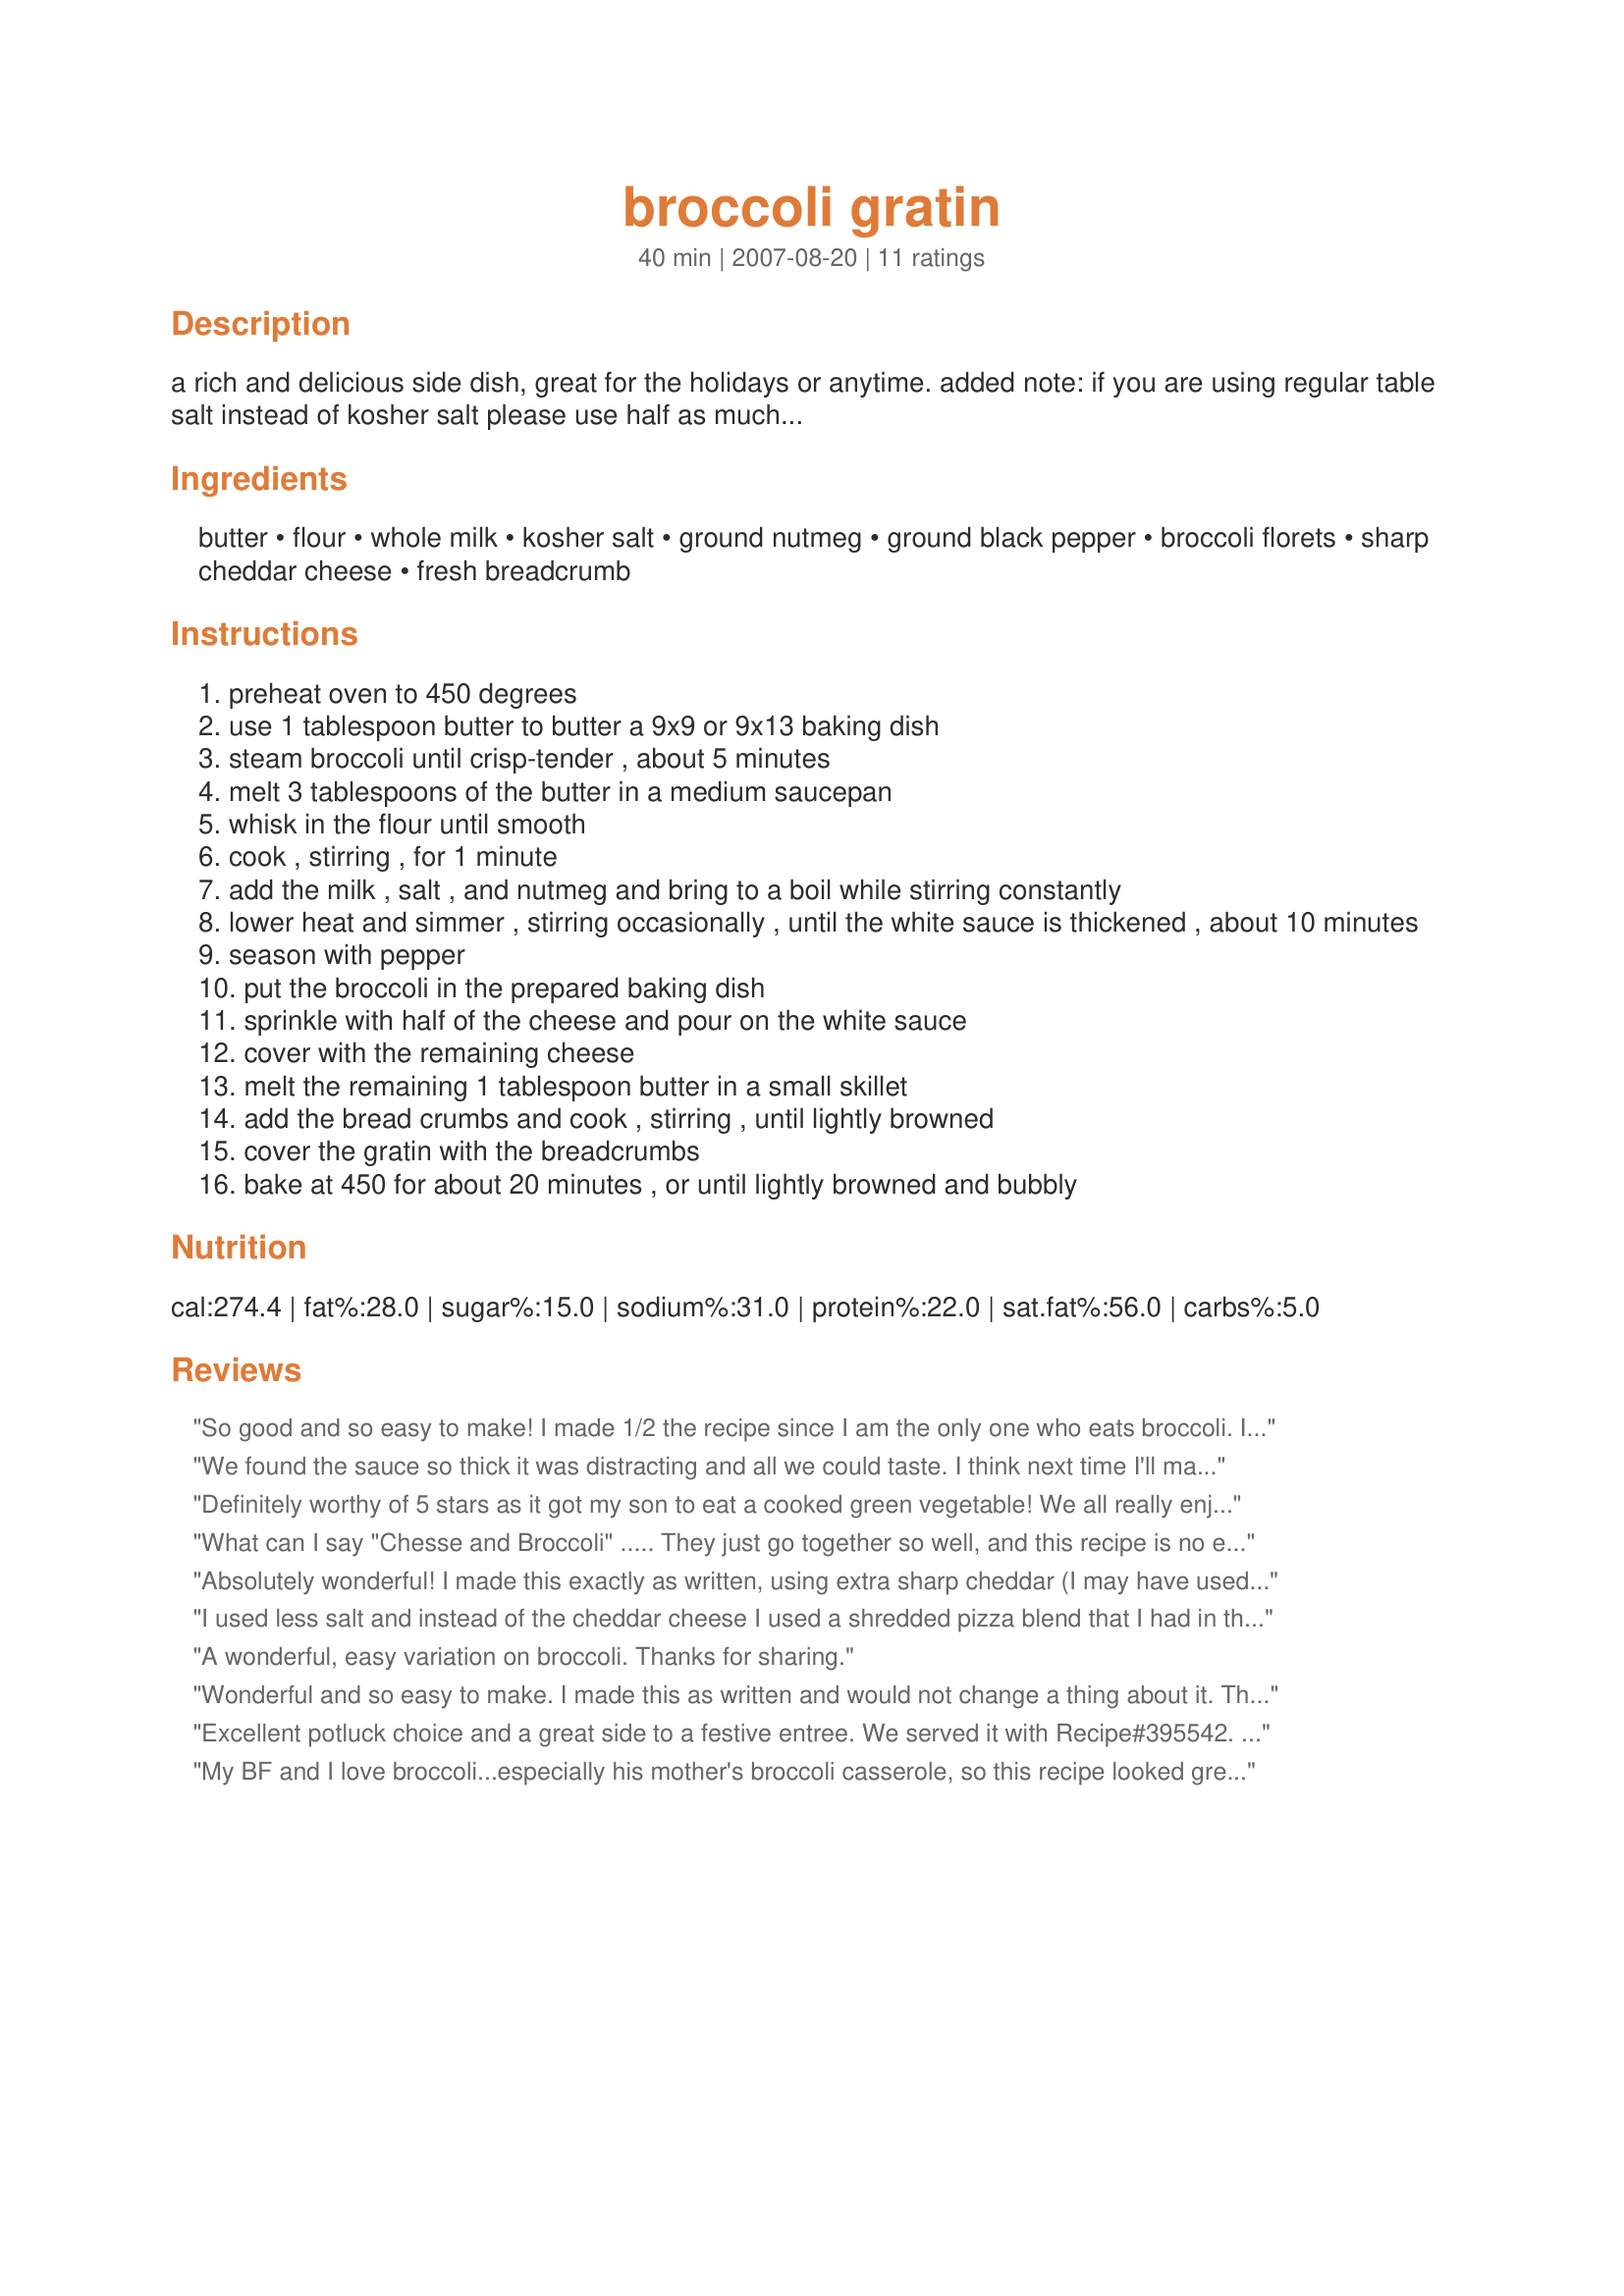
broccoli gratin
Preparation time: 40 minutes

a rich and delicious side dish, great for the holidays or anytime.

added note: if you are using regular table salt instead of kosher salt please use half as much...

Ingredients:
butter, flour, whole milk, kosher salt, ground nutmeg, ground black pepper, broccoli florets, sharp cheddar cheese, fresh breadcrumb

Steps:
preheat oven to 450 degrees
use 1 tablespoon butter to butter a 9x9 or 9x13 baking dish
steam broccoli until crisp-tender , about 5 minutes
melt 3 tablespoons of the butter in a medium saucepan
whisk in the flour until smooth
cook , stirring , for 1 minute
add the milk , salt , and nutmeg and bring to a boil while stirring constantly
lower heat and simmer , stirring occasionally , until the white sauce is thickened , about 10 minutes
season with pepper
put the broccoli in the prepared baking dish
sprinkle with half of the cheese and pour on the white sauce
cover with the remaining cheese
melt the remaining 1 tablespoon butter in a small skillet
add the bread crumbs and cook , stirring , until lightly browned
cover the gratin with the breadcrumbs
bake at 450 for about 20 minutes , or until lightly browned and bubbly

Reviews:
So good and so easy to make! I made 1/2 the recipe since I am the only one who eats broccoli. I liked that it was not soupy and the broccoli didn't get mushy. Was a nice change from steamed or sauteed broccoli. Made for ZWT8.
We found the sauce so thick it was distracting and all we could taste. I think next time I'll make a thinner white sauce and add a bit more cheese. Thanks loof! Made for ZWT8 trip to France.
Definitely worthy of 5 stars as it got my son to eat a cooked green vegetable! We all really enjoyed this.
What can I say "Chesse and Broccoli" ..... They just go together so well, and this recipe is no exception. Lovely sauce and toasty breadcrumbs, just make this wonderful.<br/>This made for a lovely side dish for our roast.<br/>Thanks loof.
Absolutely wonderful! I made this exactly as written, using extra sharp cheddar (I may have used a bit more than 1 cup). I only left this in the oven for a bit less than 15 minutes. This is certainly worthy a great dish for a holiday (or any) meal! Thanx for posting. This is a keeper for sure!
I used less salt and instead of the cheddar cheese I used a shredded pizza blend that I had in the fridge. I've been asked to make it again! Thanks for the keeper.
A wonderful, easy variation on broccoli. Thanks for sharing.
Wonderful and so easy to make. I made this as written and would not change a thing about it. Thanks loof for a great side dish. :)
Excellent potluck choice and a great side to a festive entree. We served it with Recipe#395542. Made for Top Favorites of 2009.
My BF and I love broccoli...especially his mother's broccoli casserole, so this recipe looked great...especially since there was no canned condensed soup in it! I used organic 2% milk instead of the whole and the sauce still turned out so rich and creamy. I loved the ground nutmeg in the sauce ( please grate the nutmeg yourself... it makes a huge difference!) The 1 1/2 tsp of salt seemed a little much to me... but I added it anyway. It was quite salty to me and my BF (and he really likes to salt his food) so next time, I will cut it back to only 1/2 tsp. I will also steam my broccoli for about 3 minutes next time, since it turned out a little on the soft side for us... not mushy but we like our broccoli a little crunchy. I topped it off with a sprinkling of panko breadcrumbs and then sprayed it with a little olive oil for a little crunch. The two of us polished off the whole thing in record time! It was really that good... Thanks you so much for posting a keeper!!!
Delicious! I used the Green Giant Steam in a Bag Broccoli Cuts. The texture came out perfect and very cheesy. I would add more spices next time, maybe more salt and pepper and some cayenne and garlic...
